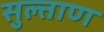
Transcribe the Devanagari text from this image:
सुल्ताण